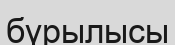
бүрылысы